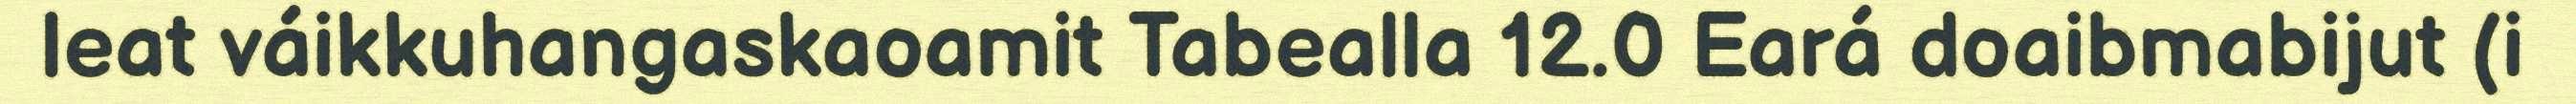
leat váikkuhangaskaoamit Tabealla 12.0 Eará doaibmabijut (i